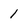
Character: 1